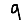
Digit: 9